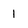
Character: 1